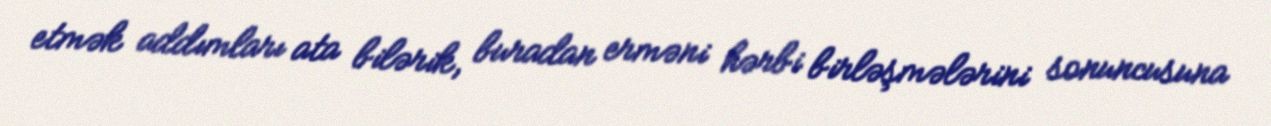
etmək addımları ata bilərik, buradan erməni hərbi birləşmələrini sonuncusuna